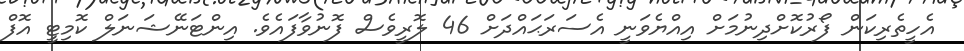
އެހީތެރިކަން ފޯރުކޮށްދިނުމަށް އިއްޔެވަނީ އެސަރަޙައްދަށް 46 ލޮރީވެސް ފޮނުވާފައެވެ. އިންޓަނޭޝަނަލް ކޮމިޓީ އޮފް